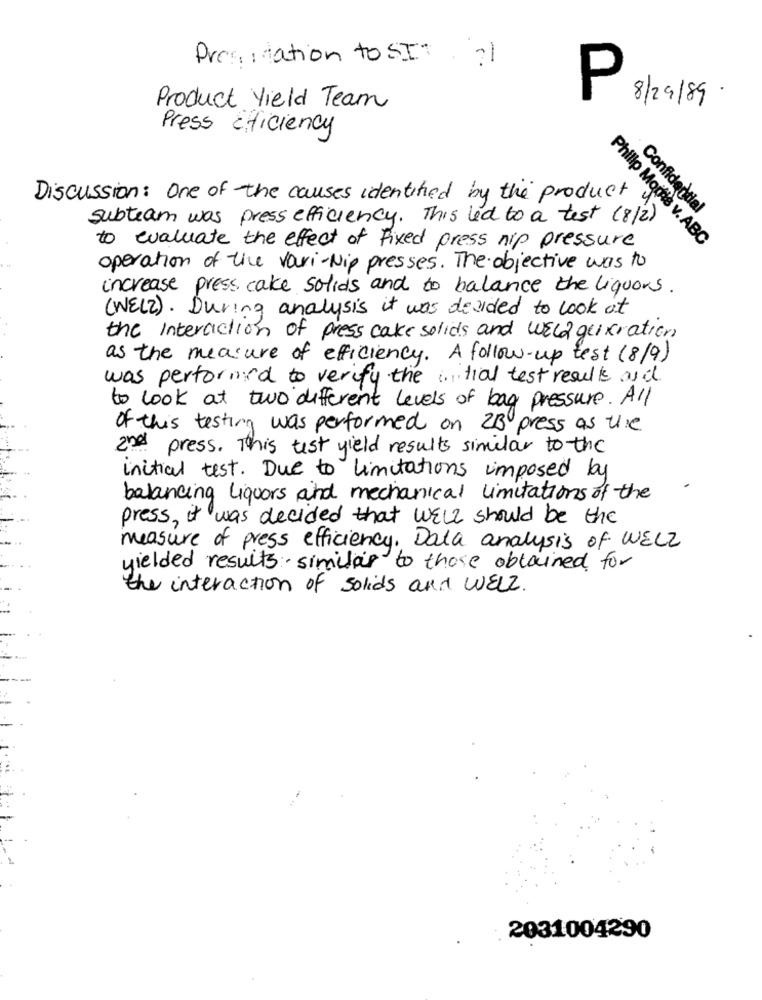
Prestation to SIT
-
P
8/29/89 .
Product Yield Team
Press efficiency
Discussion: One of the causes identified by the product
Confidential
subteam was press efficiency. This led to a test (8/2)
to evaluate the effect of fixed press nip pressure
Philip Morris v. ABC
operation of the vari-Nip presses. The objective was to
increase press cake solids and to balance the liquors.
(WELL). During analysis it was decided to look at
the Interaction of press cake solids and well geixration
as the measure of efficiency. A follow-up test (8/9)
was performed to verify the . tial test results as it
to look at two different levels of bag pressure. All
of this testing was performed on 23 press as the
and press. This test yield results similar to the
initial test. Due to limitations imposed by
balancing Liquors and mechanical limitations of the
press, it was decided that WELL should be the
measure of press efficiency. Data analysis of WELL
yielded results similar to those obtained for
the interaction of solids and WELL.
2031004290